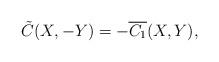
LaTeX: \begin{align*} \tilde{C}(X,-Y) = -\overline{C_1}(X,Y),\end{align*}